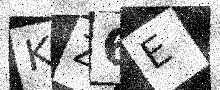
Text: KZ6E